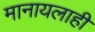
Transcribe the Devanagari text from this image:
मानायलाही